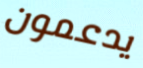
يدعمون